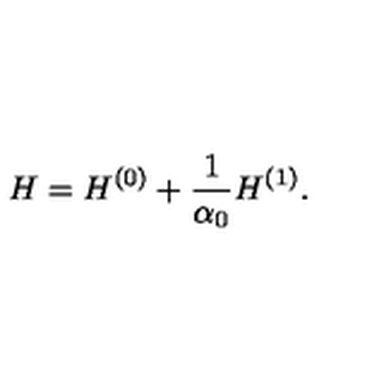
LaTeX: H = H ^ { ( 0 ) } + \frac { 1 } { \alpha _ { 0 } } H ^ { ( 1 ) } .